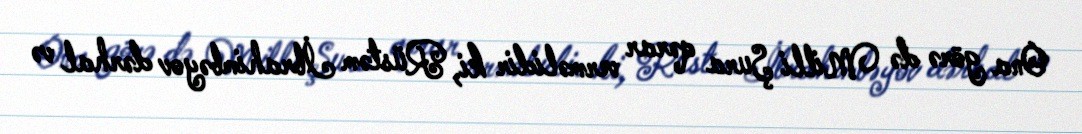
Ona görə də Milli Şura qərar verməlidir ki, Rüstəm İbrahimbəyov dərhal və